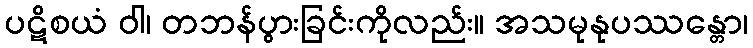
ပဋိစယံ ဝါ၊ တဘန်ပွားခြင်းကိုလည်း။ အသမုနုပဿန္တော၊